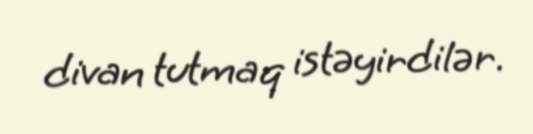
divan tutmaq istəyirdilər.